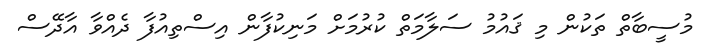
މުސީބާތް ތަކުން މި ޤައުމު ސަލާމަތް ކުރުމަށް މަނިކުފާން އިސްތިއުފާ ދެއްވާ އާދޭސް